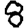
Digit: 8